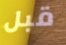
قبل